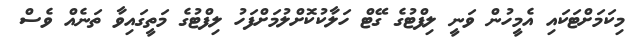
މިކަމަށްޓަކައި އެމީހުން ވަނީ ލިފްޓުގެ ގޭޓް ހަލާކުކޮށްލުމަށްފަހު ލިފްޓުގެ މަތީގައިވާ ތަނެއް ވެސް